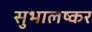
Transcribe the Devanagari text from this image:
सुभालष्कर